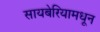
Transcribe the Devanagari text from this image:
सायबेरियामधून